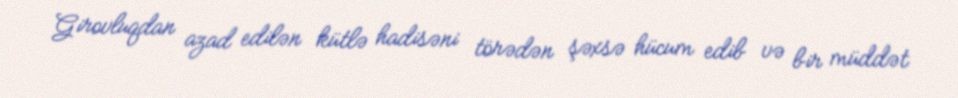
Girovluqdan azad edilən kütlə hadisəni törədən şəxsə hücum edib və bir müddət